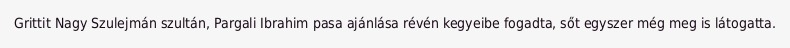
Grittit Nagy Szulejmán szultán, Pargali Ibrahim pasa ajánlása révén kegyeibe fogadta, sőt egyszer még meg is látogatta.